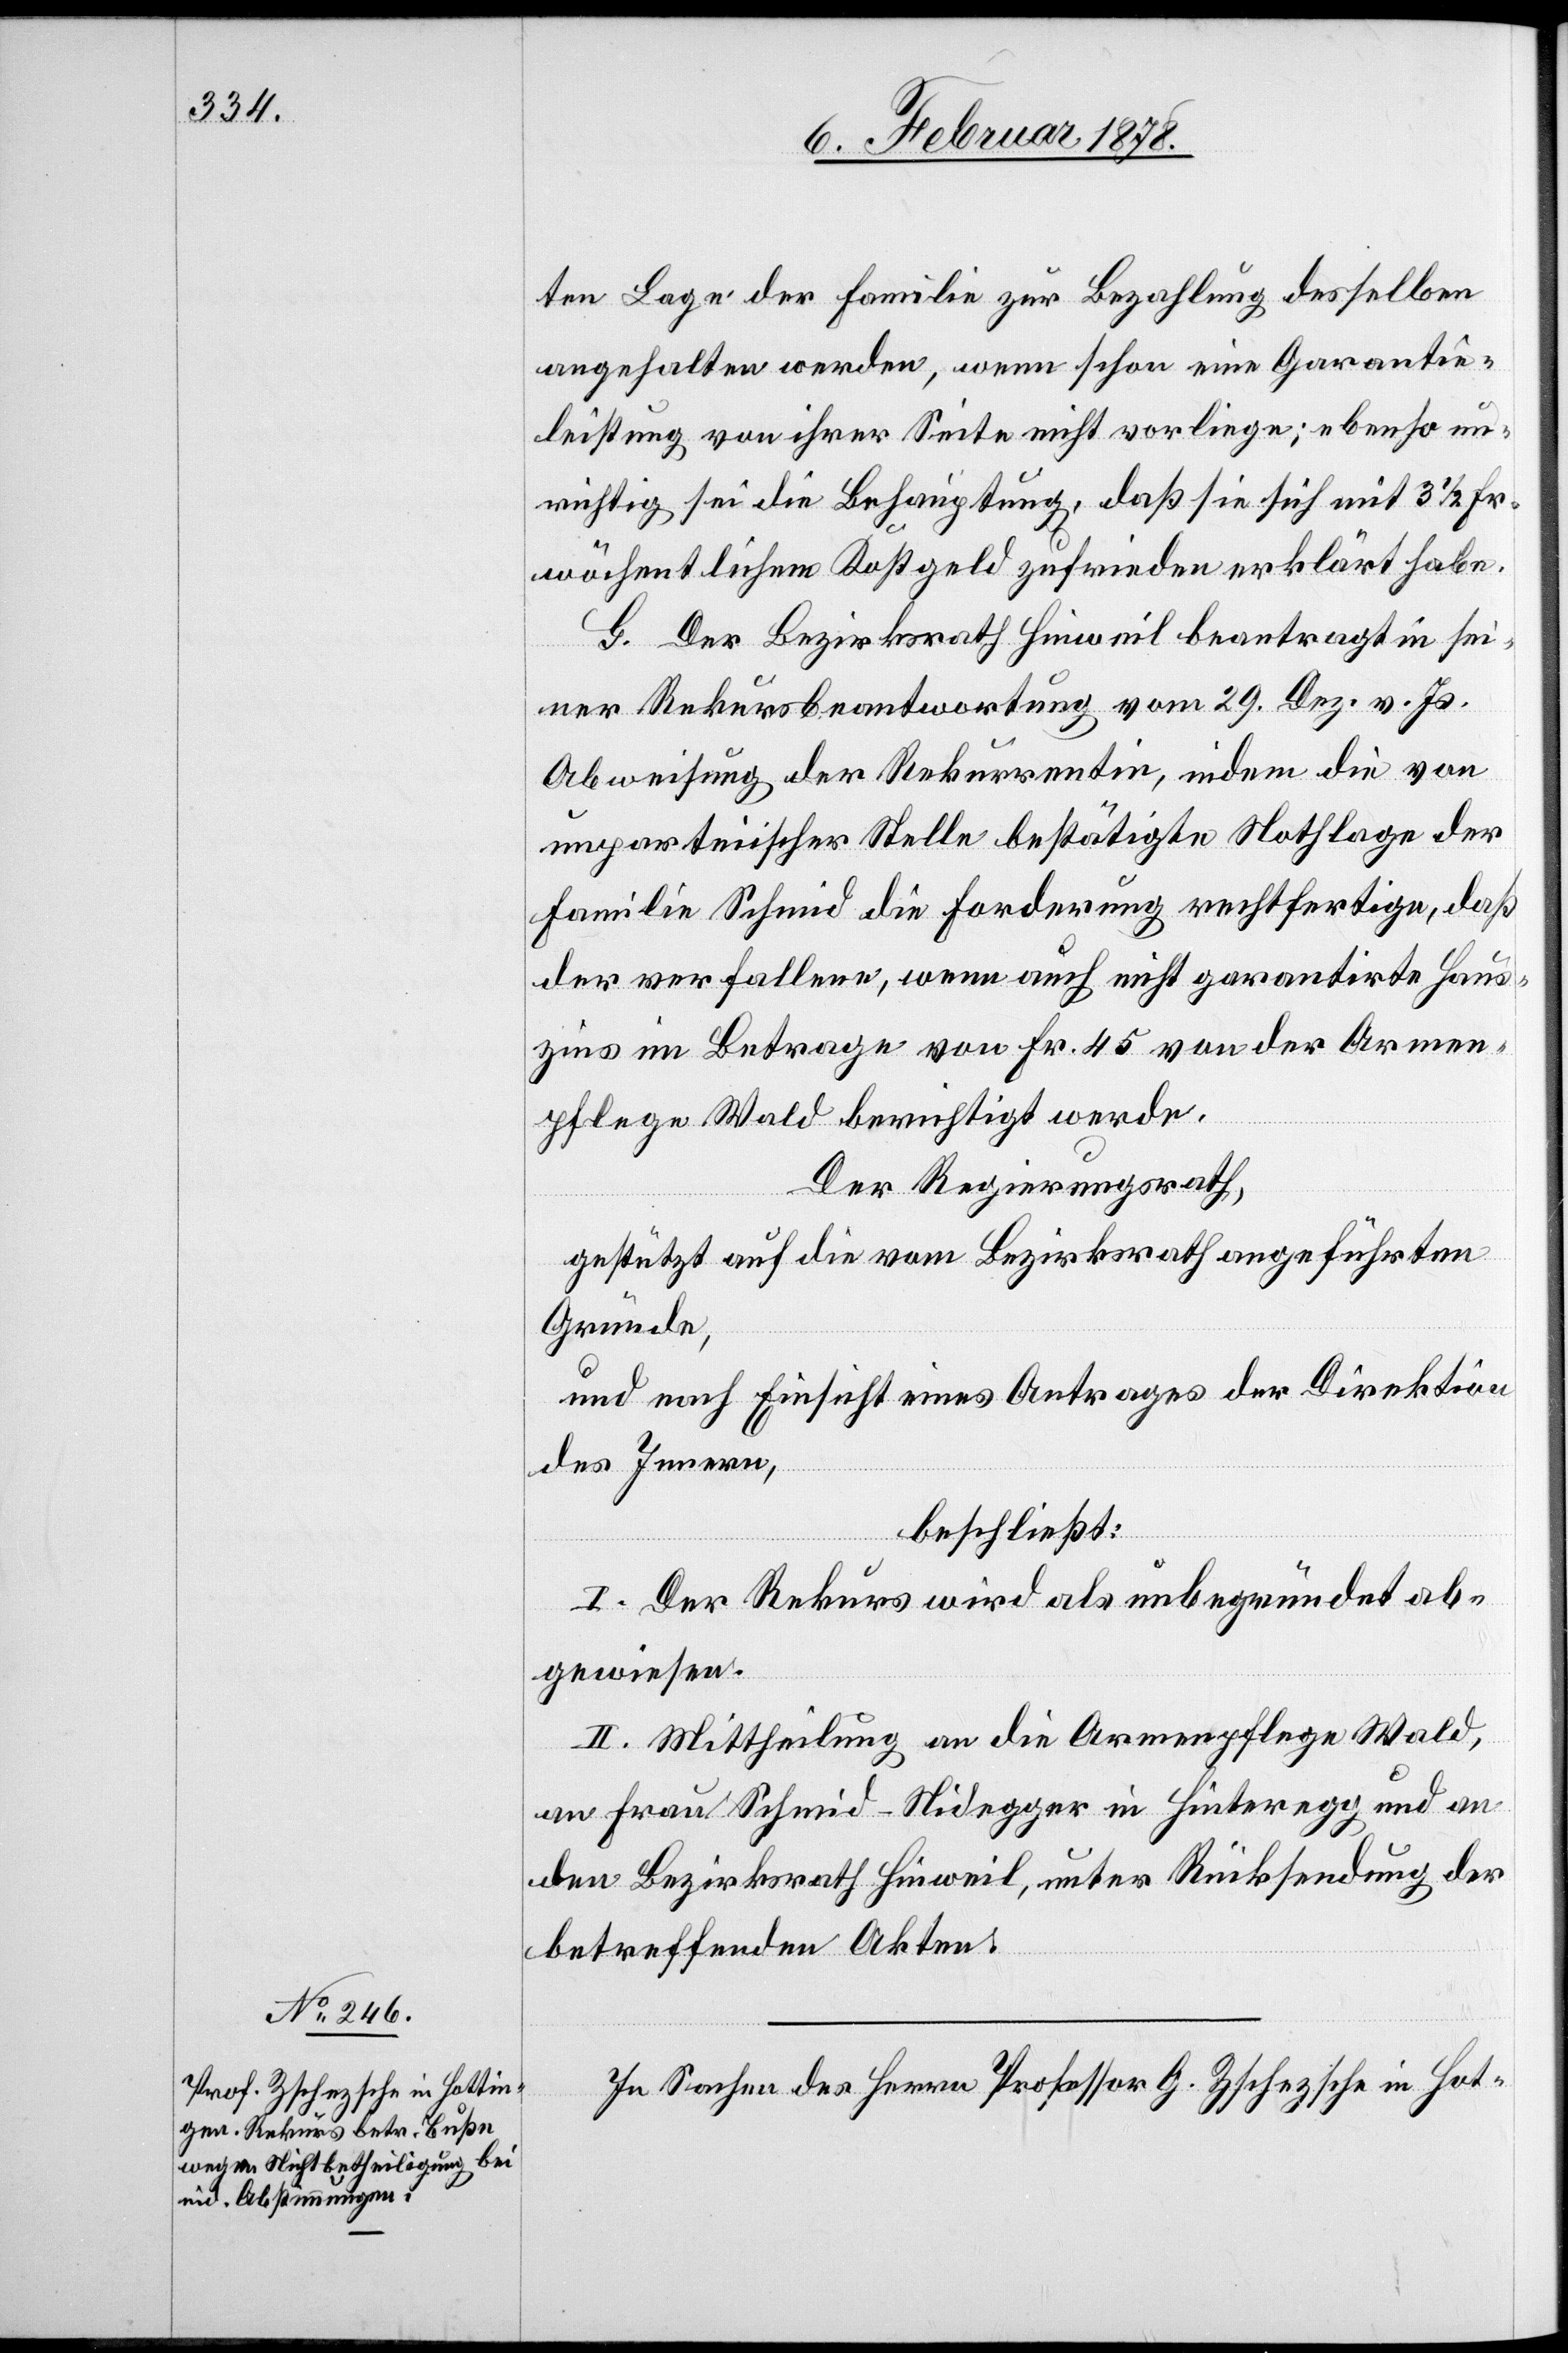
ten Lage der Familie zur Bezahlung desselben
angehalten werden, wenn schon eine Garantie¬
leistung von ihrer Seite nicht vorliege; ebenso un¬
richtig sei die Behauptung, daß sie sich mit 3 1/2 Fr.
wöchentlichem Kostgeld zufrieden erklärt habe.
G. Der Bezirksrath Hinweil beantragt in sei¬
ner Rekursbeantwortung vom 29. Dez. v. Js.
Abweisung der Rekurrentin, indem die von
unparteiischer Stelle bestätigte Nothlage der
Familie Schmid die Forderung rechtfertige, daß
der verfallene, wenn auch nicht garantirte Haus¬
zins im Betrage von Fr. 45 von der Armen¬
pflege Wald berichtigt werde.
Der Regierungsrath,
gestützt auf die vom Bezirksrath angeführten
Gründe,
und nach Einsicht eines Antrages der Direktion
des Innern,
beschließt:
I. Der Rekurs wird als unbegründet ab¬
gewiesen.
II. Mittheilung an die Armenpflege Wald,
an Frau Schmid–Nidegger in Hinteregg und an
den Bezirksrath Hinweil, unter Rücksendung der
betreffenden Akten.
In Sachen des Herren Professor G. Zschezsche in Hot-